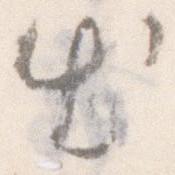
出